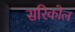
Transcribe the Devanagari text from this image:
सरिकोल